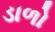
ડાળો